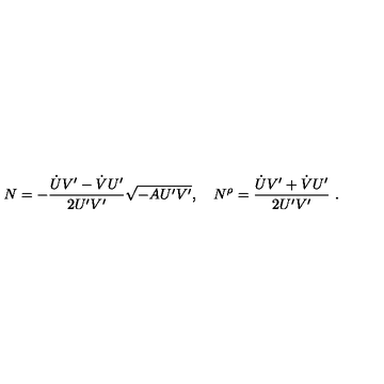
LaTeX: N = - \frac { \dot { U } V ^ { \prime } - \dot { V } U ^ { \prime } } { 2 U ^ { \prime } V ^ { \prime } } \sqrt { - A U ^ { \prime } V ^ { \prime } } , \quad N ^ { \rho } = \frac { \dot { U } V ^ { \prime } + \dot { V } U ^ { \prime } } { 2 U ^ { \prime } V ^ { \prime } } \ .